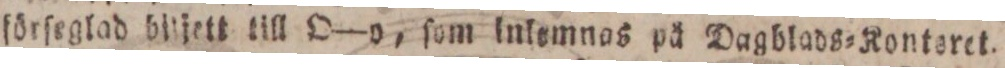
förſeglad blijett till O—o, ſom inlemnas på Dagblads=Konteret.